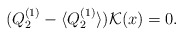
\begin{align*}(Q_2^{(1)}-\langle Q_2^{(1)}\rangle){\cal K}(x)=0.\end{align*}